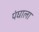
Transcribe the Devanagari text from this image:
पंघाला